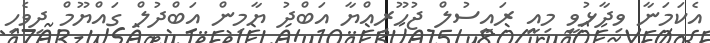
އެކަމަނާ ވިދާޅުވީ މިއީ ރައީސުލް ޖުހޫރިއްޔާ އަބްދު ޔާމިން އަބްދުލް ގައްޔޫމް ދިވެހި